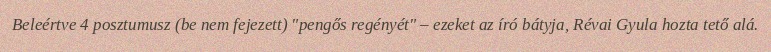
Beleértve 4 posztumusz (be nem fejezett) "pengős regényét" – ezeket az író bátyja, Révai Gyula hozta tető alá.